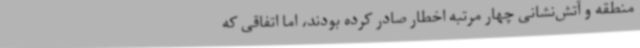
منطقه و آتش‌نشانی چهار مرتبه اخطار صادر کرده بودند، اما اتفاقی که